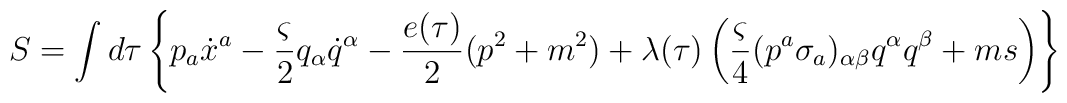
S=\int d\tau\left\{p_a \dot{x}^a -\frac{\varsigma}{2}q_\alpha\dot{q}^\alpha- \frac{e(\tau )}{2}(p^2+m^2)+ \lambda (\tau)\left(\frac{\varsigma}{4}(p^a\sigma_a)_{\alpha\beta}q^\alpha q^\beta + ms\right)\right\}